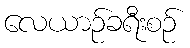
လေယာဉ်ခရီးစဉ်